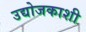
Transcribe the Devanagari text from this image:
उद्योजकाशी